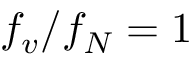
f _ { v } / f _ { N } = 1